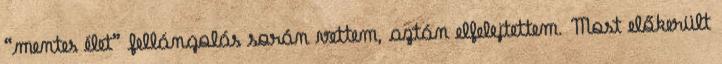
“mentes élet” fellángolás során vettem, aztán elfelejtettem. Most előkerült